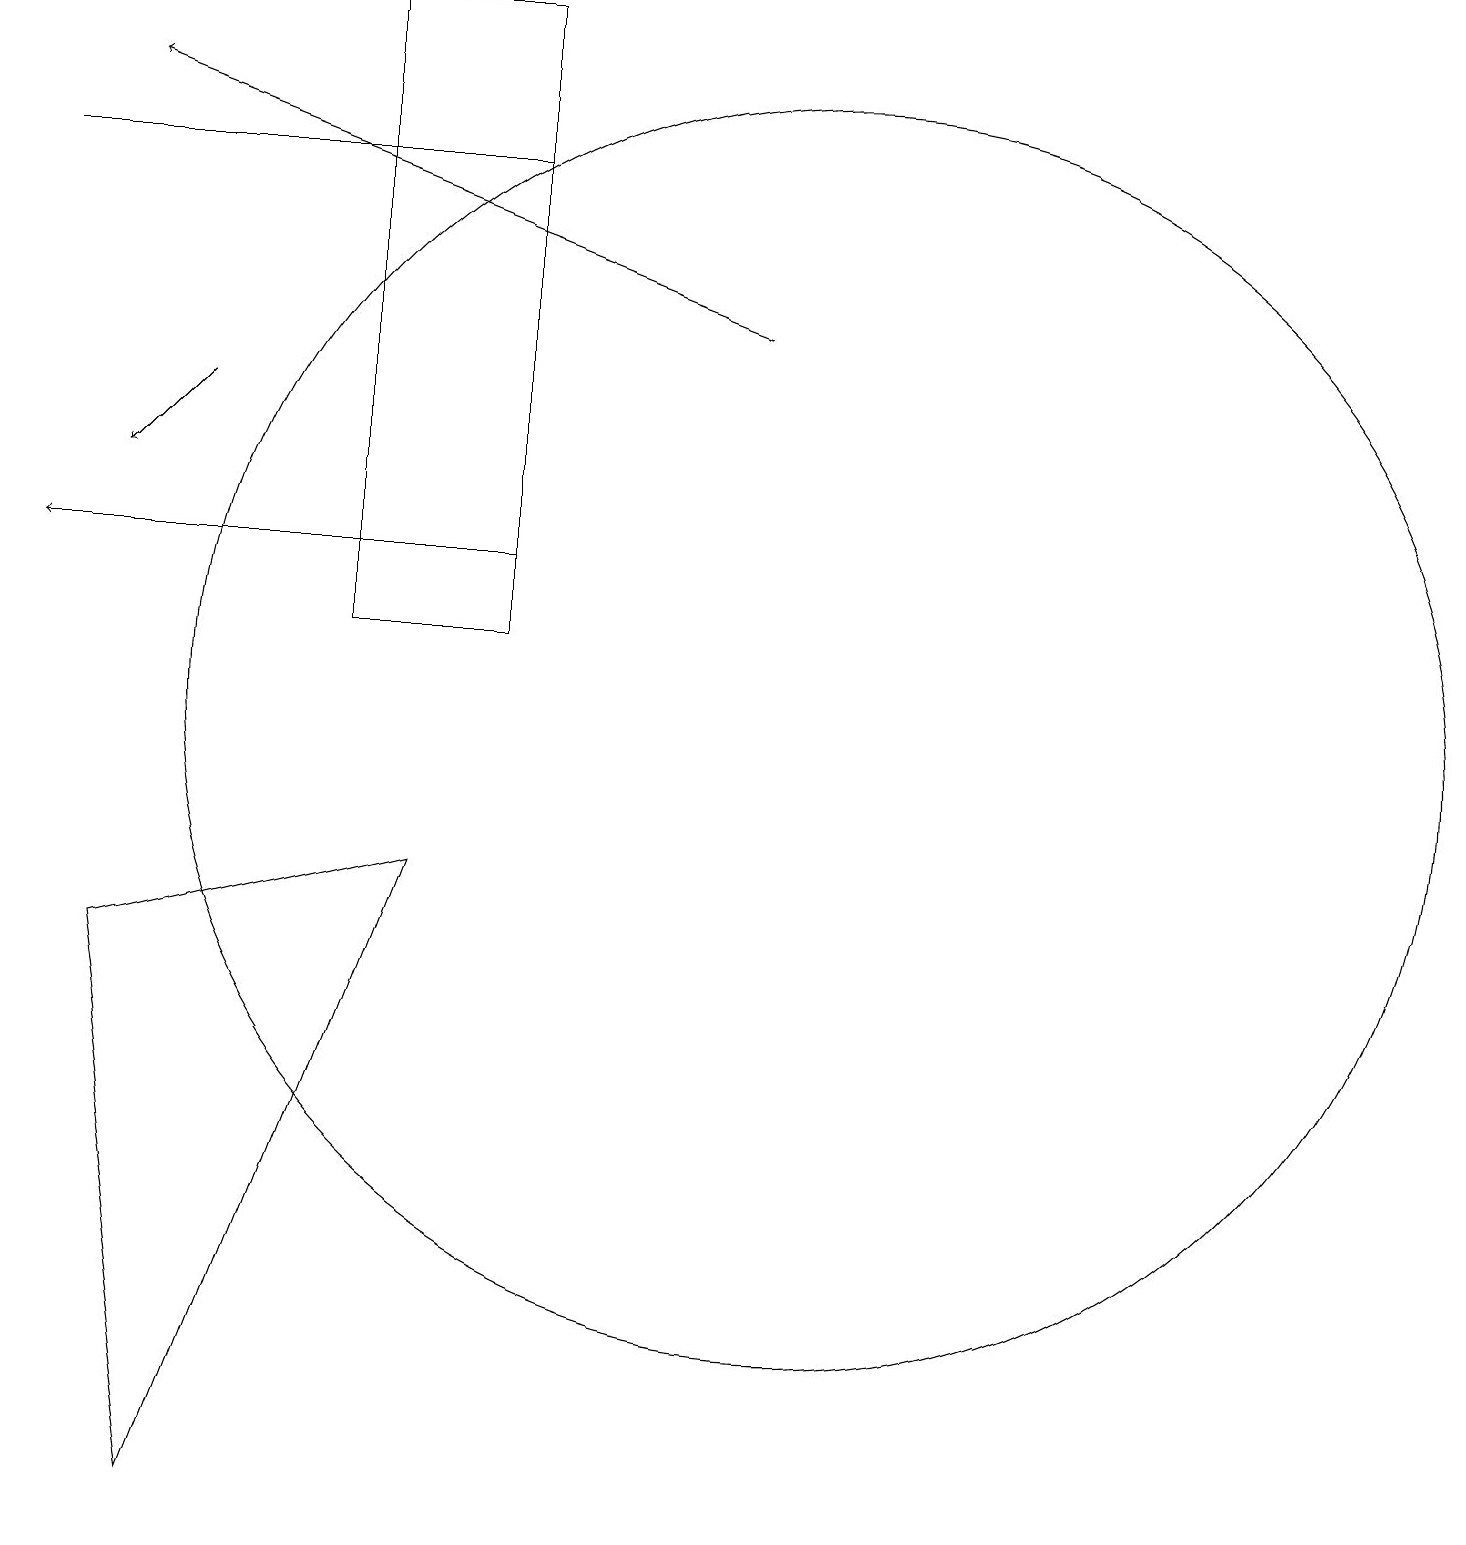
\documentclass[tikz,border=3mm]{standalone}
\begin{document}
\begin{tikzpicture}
\draw[->] (2,14) -- (1,13);
\draw (0,17) rectangle (6,17);
\draw (5,8) -- (1,7) -- (2,0) -- cycle;
\draw (6,19) rectangle (4,11);
\draw (10,10) circle (8);
\draw[->] (6,12) -- (0,12);
\draw[->] (9,15) -- (1,18);
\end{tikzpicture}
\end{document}